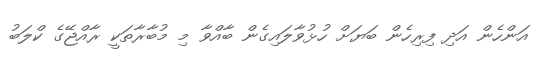
އަންހެން އަދި ފިރިހެން ބަޔަށް ހުޅުވާލައިގެން ބާއްވާ މި މުބާރާތަކީ ރާއްޖޭގެ ކްލަބު